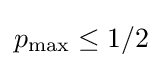
p_{\text{max}}\leq 1/2